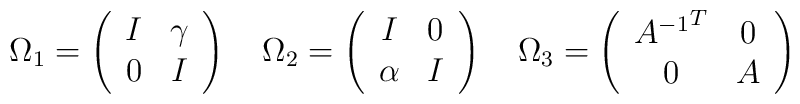
\Omega_1 = \left(\begin{array}{cc} I & \gamma \\                          0 & I \\\end{array}\right)  \quad\Omega_2 = \left(\begin{array}{cc} I & 0 \\                          \alpha & I \\\end{array}\right) \quad\Omega_3 = \left(\begin{array}{cc}  {A^{-1}}^T & 0 \\					0 & A \\\end{array}\right)